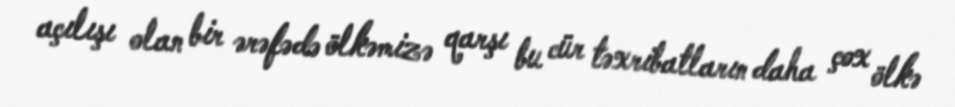
açılışı olan bir ərəfədə ölkəmizə qarşı bu cür təxribatların daha çox ölkə